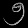
Digit: ၅